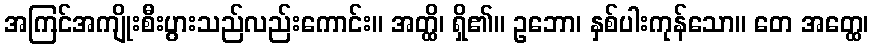
အကြင်အကျိုးစီးပွားသည်လည်းကောင်း။ အတ္ထိ၊ ရှိ၏။ ဥဘော၊ နှစ်ပါးကုန်သော။ တေ အတ္ထေ၊